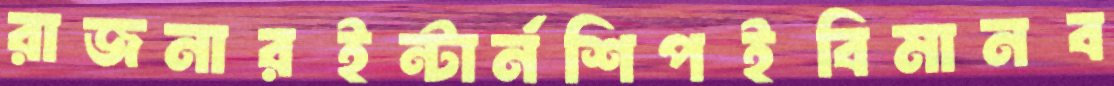
রাজনারইন্টার্নশিপইবিমানব